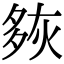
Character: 㷇